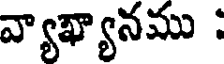
వ్యాఖ్యానము